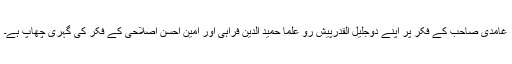
غامدی صاحب کے فکر پر اپنے دوجلیل القدرپیش رو علما حمید الدین فراہی اور امین احسن اصلاحی کے فکر کی گہری چھاپ ہے۔